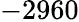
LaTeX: -2960